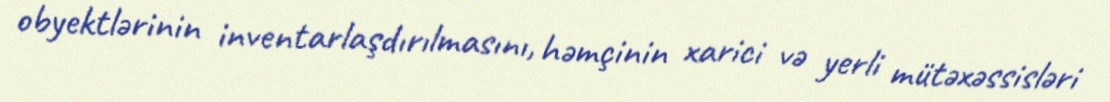
obyektlərinin inventarlaşdırılmasını, həmçinin xarici və yerli mütəxəssisləri